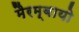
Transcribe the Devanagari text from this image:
मैरम्बायो